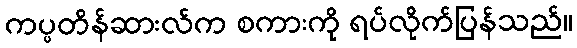
ကပ္ပတိန်ဆားလ်က စကားကို ရပ်လိုက်ပြန်သည်။